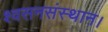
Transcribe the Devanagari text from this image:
श्वसनसंस्थान।